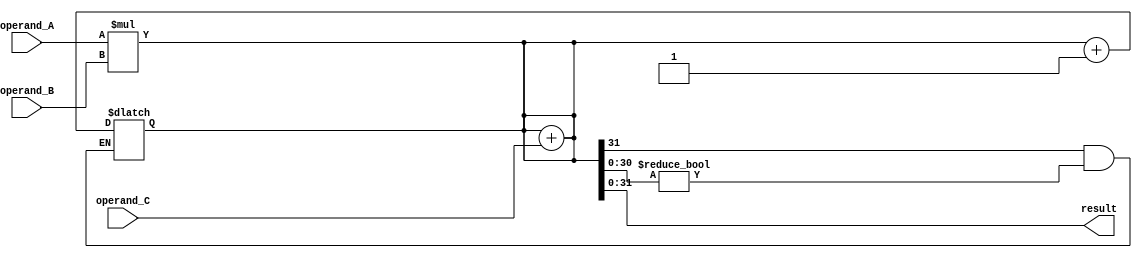
module fused_multiply_add_unit (
    input wire [31:0] operand_A,
    input wire [31:0] operand_B,
    input wire [31:0] operand_C,
    output reg [31:0] result
);

reg [63:0] intermediate_result;

// Multiplier block
assign intermediate_result = operand_A * operand_B;

// Adder block
always @* begin
    intermediate_result = intermediate_result + operand_C;
end

// Rounder block
always @* begin
    if (intermediate_result[31] == 1 && intermediate_result[30:0] != 0) begin
        intermediate_result = intermediate_result + 1;
    end
end

// Output the final result after rounding
assign result = intermediate_result[31:0];

endmodule